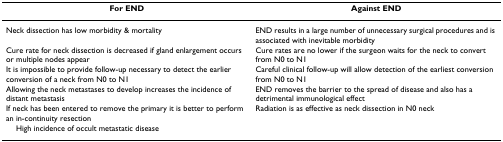
| For END | Against END |
 | --- | --- |
 | Neck dissection has low morbidity & mortality | END results in a large number of unnecessary surgical procedures and is associated with inevitable morbidity |
 | Cure rate for neck dissection is decreased if gland enlargement occurs or multiple nodes appear | Cure rates are no lower if the surgeon waits for the neck to convert from N0 to N1 |
 | It is impossible to provide follow-up necessary to detect the earlier conversion of a neck from N0 to N1 | Careful clinical follow-up will allow detection of the earliest conversion from N0 to N1 |
 | Allowing the neck metastases to develop increases the incidence of distant metastasis | END removes the barrier to the spread of disease and also has a detrimental immunological effect |
 | If neck has been entered to remove the primary it is better to perform an in-continuity resection | Radiation is as effective as neck dissection in N0 neck |
 | High incidence of occult metastatic disease |  |